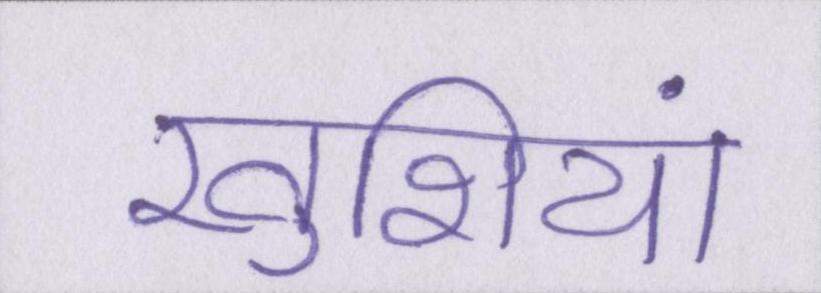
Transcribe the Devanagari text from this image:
खुशियां